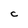
Character: C